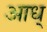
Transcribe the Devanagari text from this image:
आध्